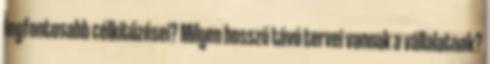
legfontosabb célkitűzései? Milyen hosszú távú tervei vannak a vállalatnak?